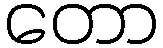
တော